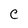
Character: C